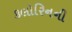
કલોરિનની